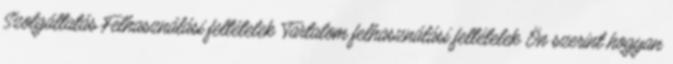
Szolgáltatás Felhasználási feltételek Tartalom felhasználási feltételek Ön szerint hogyan